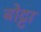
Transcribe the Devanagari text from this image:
बोट्टा